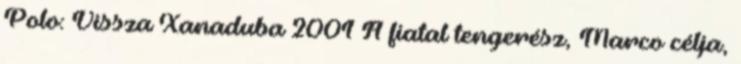
Polo: Vissza Xanaduba 2001 A fiatal tengerész, Marco célja,